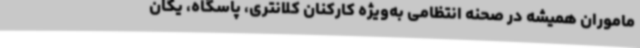
ماموران همیشه در صحنه انتظامی به‌ویژه کارکنان کلانتری، پاسگاه، یگان